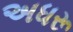
અધરૂ